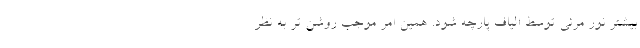
بیشتر نور مرئی توسط الیاف پارچه شود. همین امر موجب روشن تر به نظر